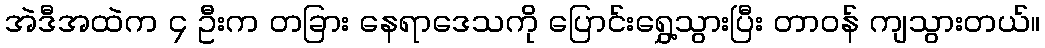
အဲဒီအထဲက ၄ ဦးက တခြား နေရာဒေသကို ပြောင်းရွှေ့သွားပြီး တာဝန် ကျသွားတယ်။